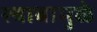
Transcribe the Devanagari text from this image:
स्त्रावामुळे